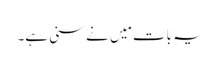
یہ بات مَیں نے سنی ہے۔